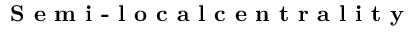
\textbf { S e m i - l o c a l c e n t r a l i t y }